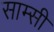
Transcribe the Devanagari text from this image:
साम्सी